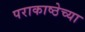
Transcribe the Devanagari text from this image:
पराकाष्ठेच्या